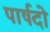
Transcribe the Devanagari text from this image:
पार्षदो